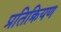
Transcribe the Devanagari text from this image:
प्रतिक्रियण